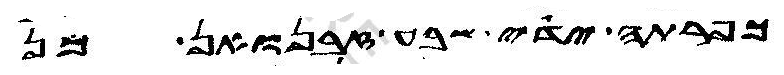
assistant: כפרתה ידי שבע זבנואן מן